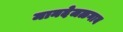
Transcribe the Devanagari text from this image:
मानदेजळगाव